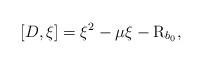
LaTeX: \begin{align*} [D,\xi]=\xi^2-\mu\xi-\mathrm{R}_{b_0},\end{align*}